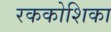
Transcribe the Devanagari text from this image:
रककोशिका